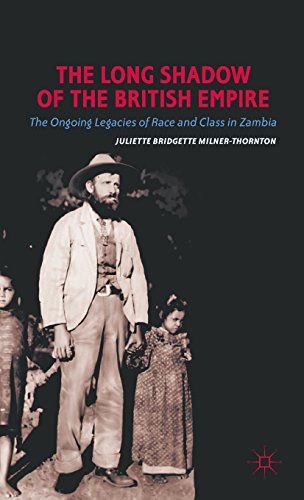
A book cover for The Long Shadow of the British Empire: The Ongoing Legacies of Race and Class in Zambia; Juliette Bridgette Milner-Thornton; History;